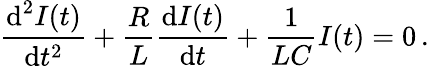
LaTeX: \frac{\textrm{d}^{2}I(t)}{\textrm{d}t^{2}}+\frac{R}{L}\frac{\textrm{d}I(t)}{\textrm{d}t}+\frac{1}{LC}I(t)=0\, .